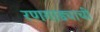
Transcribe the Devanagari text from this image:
रणगाड्याची